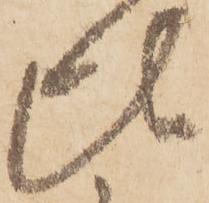
比